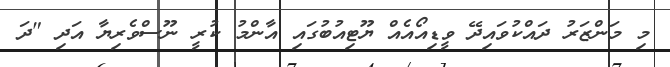
މި މަންޒަރު ދައްކުވައިދޭ ވީޑިއޯއެއް ޔޫޓިއުބުގައި އާންމު ކުރީ ނޫސްވެރިޔާ އަދި "ދަ